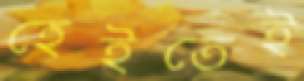
হেইতেই